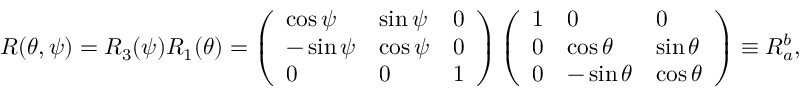
\begin{array} { r } { R ( \theta , \psi ) = R _ { 3 } ( \psi ) R _ { 1 } ( \theta ) = \left( \begin{array} { l l l } { \cos \psi } & { \sin \psi } & { 0 } \\ { - \sin \psi } & { \cos \psi } & { 0 } \\ { 0 } & { 0 } & { 1 } \end{array} \right) \left( \begin{array} { l l l } { 1 } & { 0 } & { 0 } \\ { 0 } & { \cos \theta } & { \sin \theta } \\ { 0 } & { - \sin \theta } & { \cos \theta } \end{array} \right) \equiv R _ { a } ^ { b } , } \end{array}